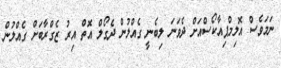
ނަމަވެސް އޮލިމްޕިއާކޯސްއަށް ދެވަނަ ލިބެނީ ގެއްލުން ދެގޯލް އޮތް އިރު ޒެގްރާބަށް ގެއްލުން